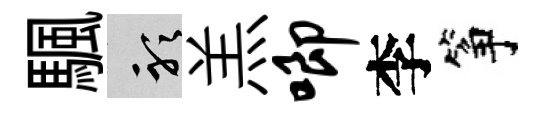
颿聽羔唧李筝